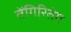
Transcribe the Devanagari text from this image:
तेंगिरितेग